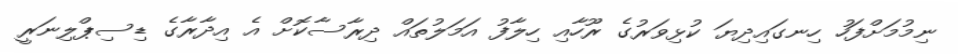
ނިމުމަށްފަހު ހިނގައިދިޔަ ކުޅިވަރުގެ ރޫހާއި ހިލާފު އަމަލުތައް ދިރާސާކޮށް އެ އިދާރާގެ ޑިސިޕްލިނަރީ